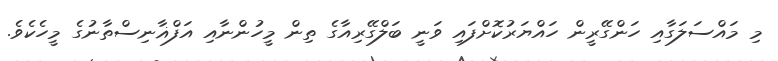
މި މައްސަލަގާއި ހަންގޭރީން ހައްޔަރުކޮށްފައި ވަނީ ބަލްގޭރިއާގެ ތިން މީހުންނާއި އަފްޣާނިސްތާނުގެ މީހެކެވެ.